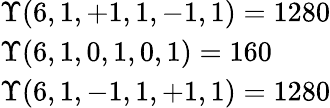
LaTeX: \begin{array}{ll}{\Upsilon(6,1,+1,1,-1,1)=1280}\\ {\Upsilon(6,1,0,1,0,1)=160}\\ {\Upsilon(6,1,-1,1,+1,1)=1280}\end{array}